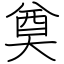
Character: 奠